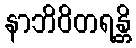
နာဘိဝိတရန္တိ